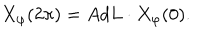
LaTeX: X _ { \varphi } ( 2 \pi ) = A d L \cdot X _ { \varphi } ( 0 ) .